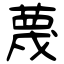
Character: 蔑